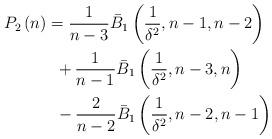
LaTeX: \begin{align*} {P_2}\left( n \right) & = \frac{1}{{n - 3}}{{\bar B}_1}\left( {\frac{1}{{{\delta ^2}}},n - 1,n - 2} \right) \\ & \,\,\, + \frac{1}{{n - 1}}{{\bar B}_1}\left( {\frac{1}{{{\delta ^2}}},n - 3,n} \right) \\ & \,\,\, - \frac{2}{{n - 2}}{{\bar B}_1}\left( {\frac{1}{{{\delta ^2}}},n - 2,n - 1} \right)\end{align*}